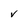
Character: v